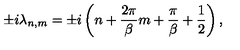
\pm i \lambda _ { n , m } = \pm i \left( n + { \frac { 2 \pi } { \beta } } m + { \frac { \pi } { \beta } } + { \frac { 1 } { 2 } } \right) ,